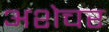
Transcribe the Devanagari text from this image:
अशेचर